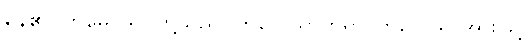
နေ၏။ တုမှေ၊ သင်တို့သည်။ ကိလေသာတုရာ၊ ကိလေသာအားဖြင့်